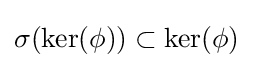
\sigma (\ker(\phi ))\subset \ker(\phi )